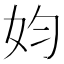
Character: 㚬